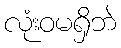
လုံးဝမရှိဘဲ